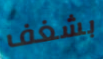
بشغف